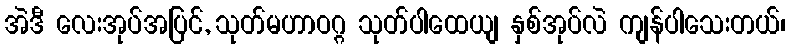
အဲဒီ လေးအုပ်အပြင်, သုတ်မဟာဝဂ္ဂ သုတ်ပါထေယျ နှစ်အုပ်လဲ ကျန်ပါသေးတယ်၊